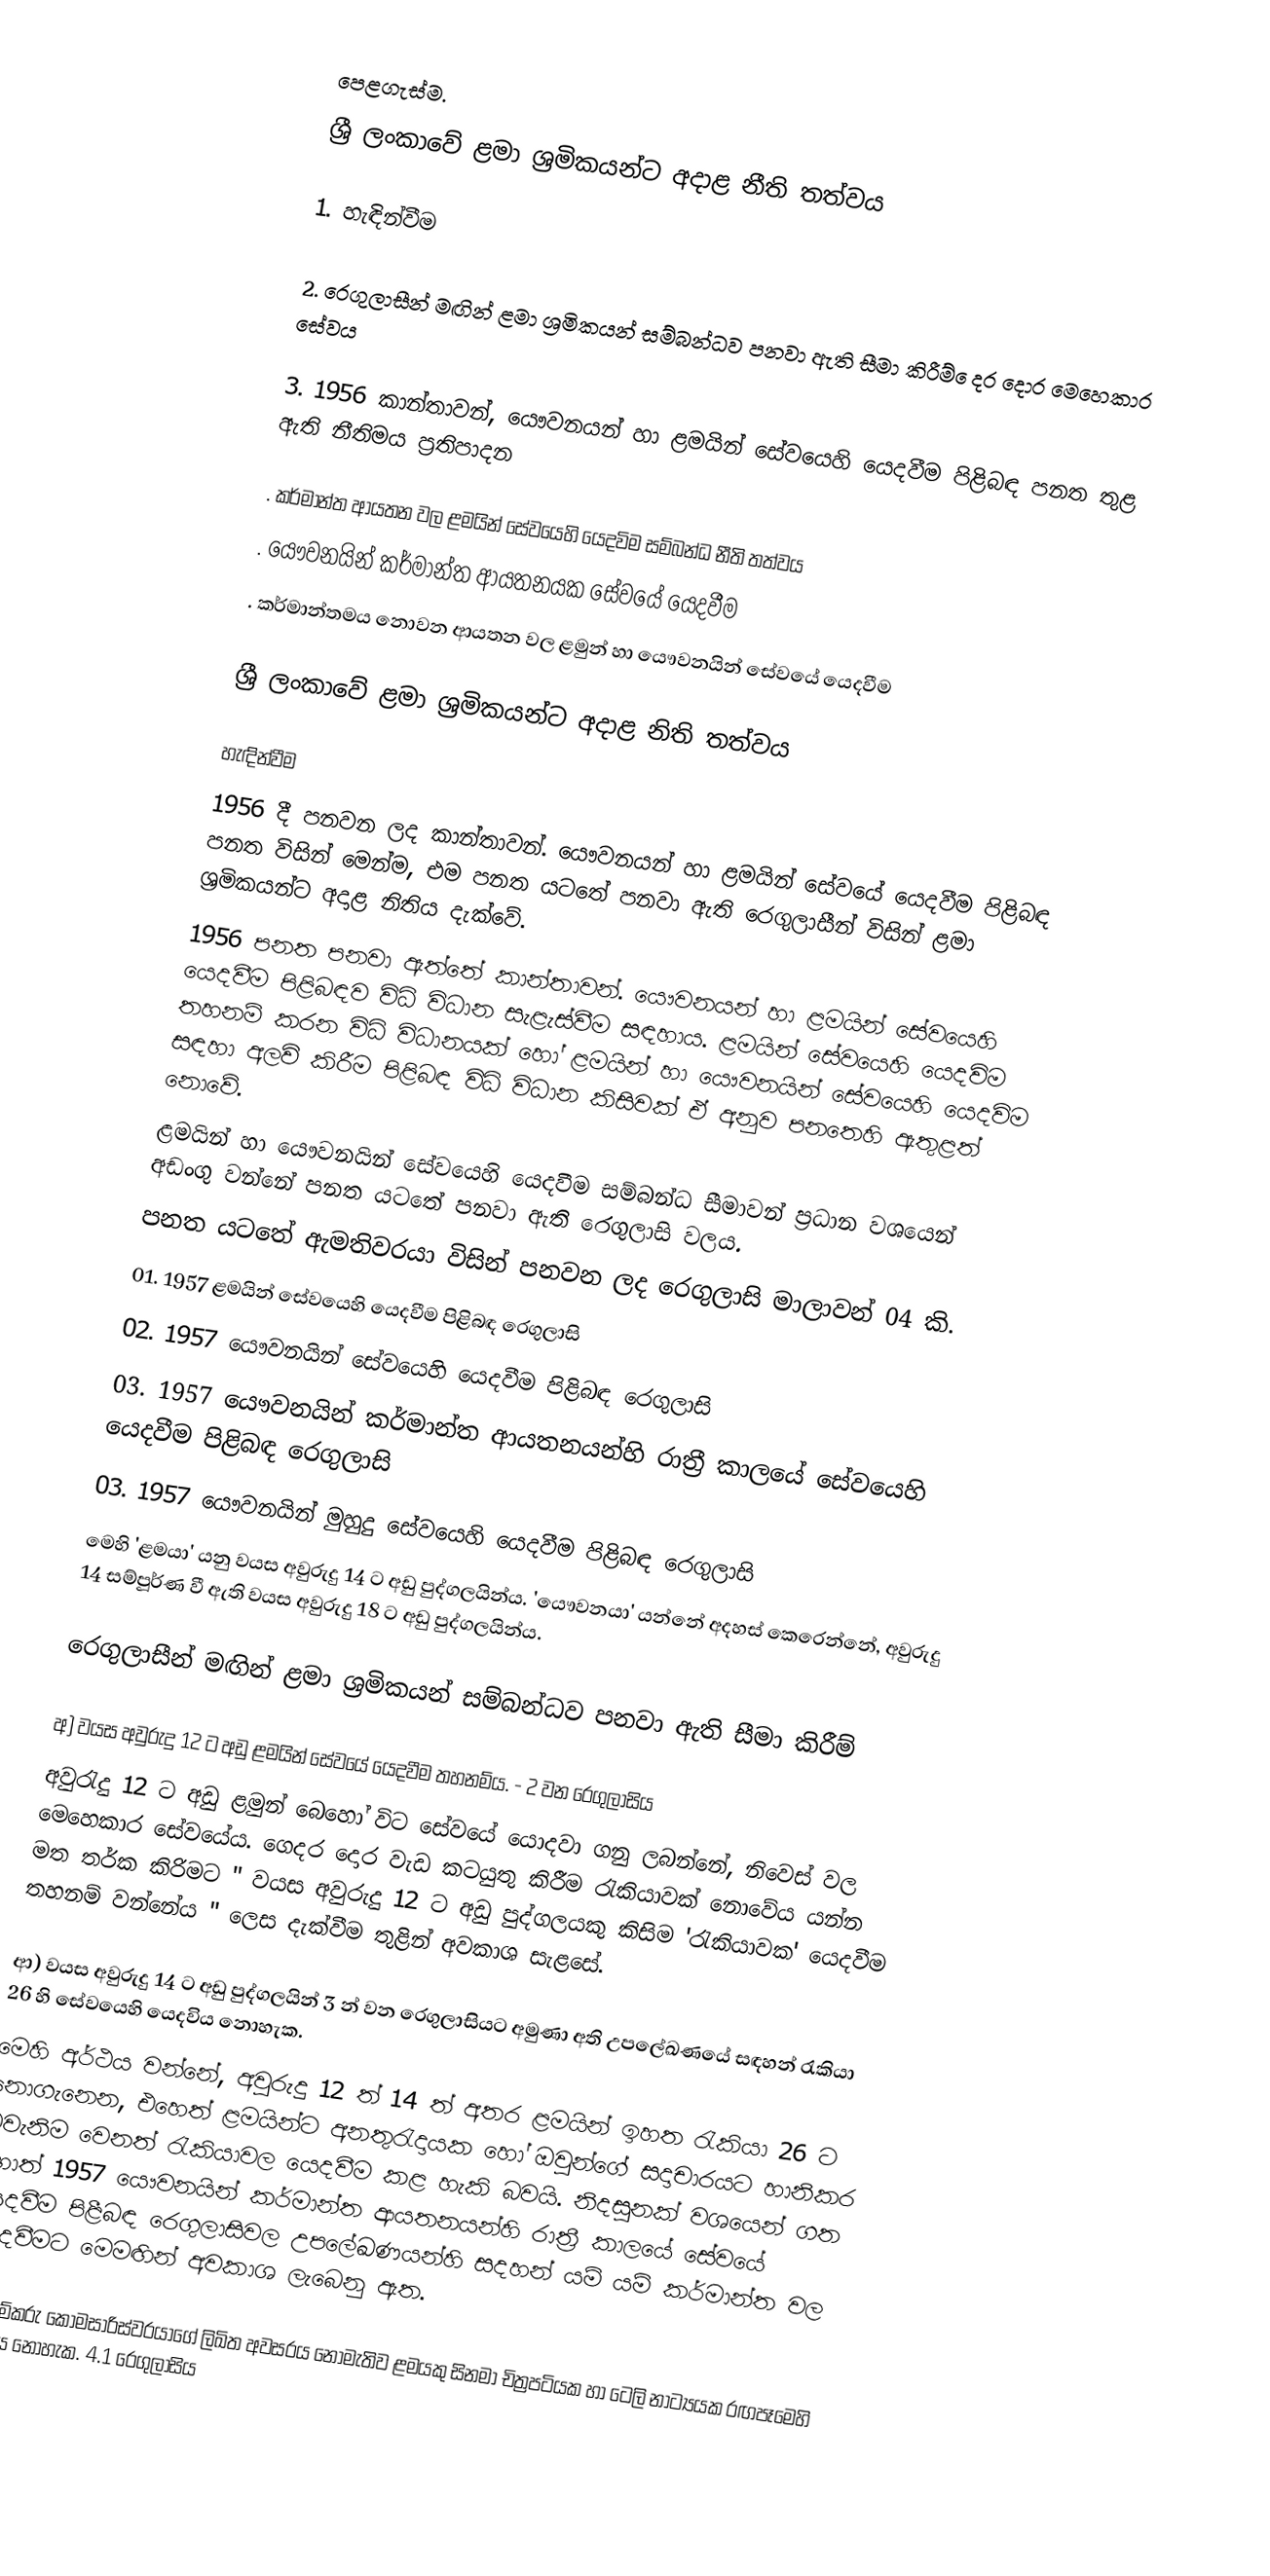
පෙළගැස්ම.
ශ්‍රී ලංකාවේ ළමා ශ්‍රමිකයන්ට අදාළ නීති තත්වය

1. හැඳින්වීම

2. රෙගුලාසීන් මඟින් ළමා ශ්‍රමිකයන් සම්බන්ධව පනවා ඇති සීමා කිරීම් ෙදර දොර මෙහෙකාර සේවය

3. 1956 කාන්තාවන්, යෞවනයන් හා ළමයින් සේවයෙහි යෙදවීම පිළිබඳ පනත තුළ ඇති නීතිමය ප්‍රතිපාදන

. කර්මාන්ත ආයතන වල ළමයින් සේවයෙහි යෙදවිම සම්බන්ධ නීති තත්වය
. යෞවනයින් කර්මාන්ත ආයතනයක සේවයේ යෙදවීම
. කර්මාන්තමය නොවන ආයතන වල ‍ළමුන් හා යෞවනයින් සේවයේ යෙදවීම

ශ්‍රී ලංකාවේ ළමා ශ්‍රමිකයන්ට අදාළ නිති තත්වය

හැඳින්වීම
		1956 දී පනවන ලද කාන්තාවන්. යෞවනයන් හා ළමයින් සේවයේ යෙදවීම පිළිබඳ පනත විසින් මෙන්ම, එම පනත යටතේ පනවා ඇති රෙගුලාසීන් විසින් ළමා ශ්‍රමිකයන්ට අදාළ නිතිය දැක්වේ.
		1956  පනත පනවා ඇත්තේ කාන්තාවන්. යෞවනයන් හා ළමයින් සේවයෙහි යෙදවීම පිළිබඳව විධි විධාන සැළැස්වීම සඳහාය. ළමයින් සේවයෙහි යෙදවිම තහනම් කරන විධි විධානයක් හෝ ළමයින් හා යෞවනයින් සේවයෙහි යෙදවිම සඳහා අලවි කිරීම පිළිබඳ විධි විධාන කිසිවක් ඒ අනුව පනතෙහි ඇතුළත් නොවේ.
		ළමයින් හා යෞවනයින් සේවයෙහි යෙදවීම සම්බන්ධ සීමාවන් ප්‍රධාන වශයෙන් අඩංගු වන්නේ පනත යටතේ පනවා ඇති රෙගුලාසි වලය.
		පනත යටතේ ඇමතිවරයා විසින් පනවන ලද රෙගුලාසි මාලාවන් 04 කි.
01. 1957 ළමයින් සේවයෙහි යෙදවීම පිළිබඳ රෙගුලාසි
02. 1957 යෞවනයින් සේවයෙහි යෙදවීම පිළිබඳ රෙගුලාසි
03. 1957 යෞවනයින් කර්මාන්ත ආයතනයන්හි රාත්‍රී කාලයේ සේවයෙහි යෙදවීම පිළිබඳ රෙගුලාසි
03. 1957 යෞවනයින් මුහුදු සේවයෙහි යෙදවීම පිළිබඳ රෙගුලාසි
		මෙහි 'ළමයා' යනු වයස අවුරුදු 14 ට අඩු පුද්ගලයින්ය. 'යෞවනයා' යන්නේ අදහස් කෙරෙන්නේ, අවුරුදු 14 සම්පූර්ණ වී ඇති වයස අවුරුදු 18 ට අඩු පුද්ගලයින්ය.

රෙගුලාසීන් මඟින් ළමා ශ්‍රමිකයන් සම්බන්ධව පනවා ඇති සීමා කිරීම්

අ) වයස අවුරුදු 12 ට අඩු ළමයින් සේවයේ යෙදවීම තහනම්ය. - 2 වන රෙගුලාසිය
	අවුරැදු 12 ට අඩු ළමුන් බෙහෝ විට සේවයේ යොදවා ගනු ලබන්නේ, නිවෙස් වල මෙහෙකාර සේවයේය. ගෙදර දොර වැඩ කටයුතු කිරීම රැකියාවක් නොවේය යන්න මත තර්ක කිරිමට " වයස අවුරුදු 12 ට අඩු පුද්ගලයකු කිසිම 'රැකියාවක' යෙදවීම තහනම් වන්නේය " ලෙස දැක්වීම තුළින් අවකාශ සැළසේ.

ආ) වයස අවුරුදු 14 ට අඩු පුද්ගලයින් 3 න් වන රෙගුලාසියට අමුණා අති උපලේඛණයේ සඳහන් රැකියා 26 හි සේවයෙහි යෙදවිය නොහැක.
	මෙහි අර්ථය වන්නේ, අවුරුදු 12 ත් 14 ත් අතර ළමයින් ඉහත රැකියා 26 ට නොගැනෙන, එහෙත් ළමයින්ට අනතුරැදායක හෝ ඔවුන්ගේ සදාචාරයට හානිකර එවැනිම වෙනත් රැකියාවල යෙදවීම කළ හැකි බවයි. නිදසුනක් වශයෙන් ගත හොත් 1957 යෞවනයින් කර්මාන්ත ආයතනයන්හි රාත්‍රී කාලයේ සේවයේ යෙදවීම පිළීබඳ රෙගුලාසිවල උපලේඛණයන්හි සදහන් යම් යම් කර්මාන්ත වල යෙදවීමට මෙමඟින් අවකාශ ලැබෙනු ඇත.

ඇ) කම්කරු කොමසාරිස්වරයාගේ ලිඛිත අවසරය නොමැතිව ළමයකු සිනමා චිත්‍රපටියක හා ටෙලි නාට්‍යයක රඟපෑමෙහි යෙදවිය නොහැක. 4.1 රෙගුලාසිය
	න